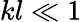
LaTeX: kl\ll 1